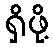
ရှိဖို့